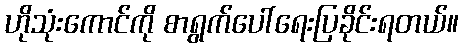
ဟိုသုံးကောင်ကို စာရွက်ပေါ်ရေးပြခိုင်းရတယ်။